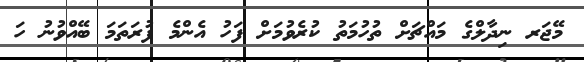
މޭޖަރ ނިދާލްގެ މައްޗަށް ތުހުމަތު ކުރެވުމަށް ފަހު އެންމެ ފުރަތަމަ ބޭއްވުނު ހަ